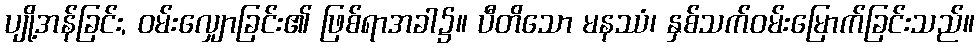
ပျို့အန်ခြင်း, ဝမ်းလျှောခြင်း၏ ဖြစ်ရာအခါ၌။ ပီတိသော မနဿံ၊ နှစ်သက်ဝမ်းမြောက်ခြင်းသည်။